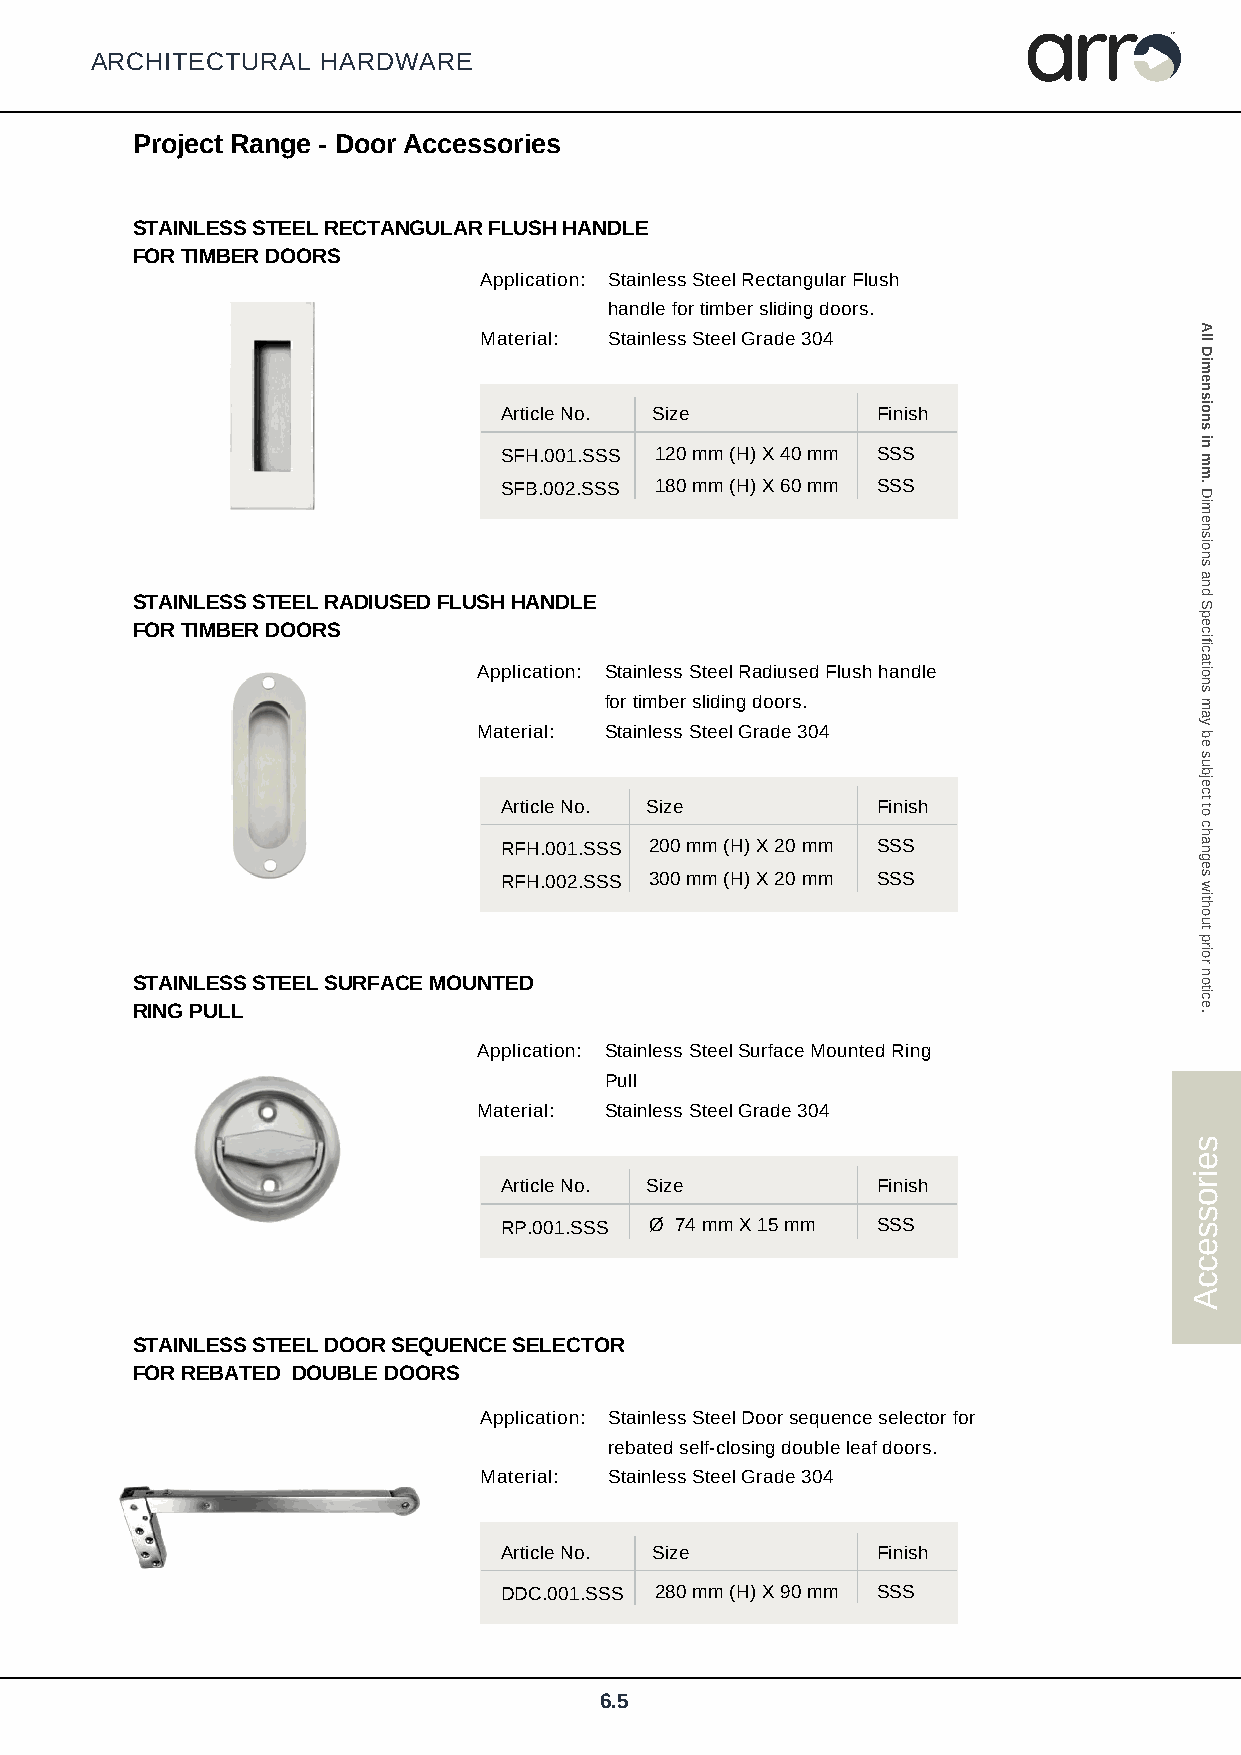
arr
 TM
 ARCHITECTURAL  HARDWARE
 Project Range - Door Accessories
 STAINLESS STEEL RECTANGULAR FLUSH HANDLE
 FOR TIMBER DOORS
 Application: Stainless Steel Rectangular Flush
 handle for timber sliding doors.
 Material: Stainless Steel Grade 304
 Article No. Size         Finish
 SFH.001.SSS 120 mm (H) X 40 mm SSS
 SFB.002.SSS 180 mm (H) X 60 mm SSS
 STAINLESS STEEL RADIUSED FLUSH HANDLE
 FOR TIMBER DOORS
 Application: Stainless Steel Radiused Flush handle
 for timber sliding doors.
 Material: Stainless Steel Grade 304
 Article No. Size         Finish
 RFH.001.SSS 200 mm (H) X 20 mm SSS
 RFH.002.SSS 300 mm (H) X 20 mm SSS
 STAINLESS STEEL SURFACE MOUNTED
 RING PULL
 Application: Stainless Steel Surface Mounted Ring
 Pull
 Material: Stainless Steel Grade 304
 Article No. Size         Finish
 RP.001.SSS Ø 74 mm X 15 mm SSS
 STAINLESS STEEL DOOR SEQUENCE SELECTOR
 FOR REBATED DOUBLE DOORS
 Application: Stainless Steel Door sequence selector for
 rebated self-closing double leaf doors.
 Material: Stainless Steel Grade 304
 Article No. Size         Finish
 DDC.001.SSS 280 mm (H) X 90 mm SSS
 6.5
 seirosseccA
 All
 Dimensions
 in
 mm.
 Dimensions
 and
 Specifications
 may
 be
 subject
 to
 changes
 without
 prior
 notice.